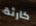
كارثة